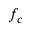
f _ { c }